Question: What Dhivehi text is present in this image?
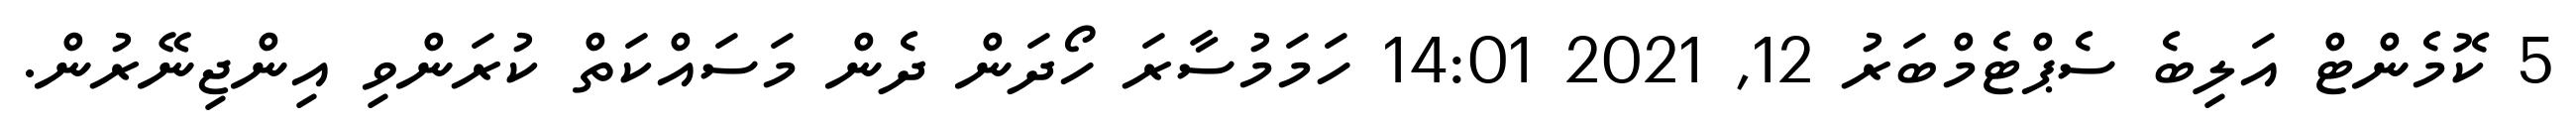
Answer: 5 ކޮމެންޓް އަލިބެ ސެޕްޓެމްބަރު 12, 2021 14:01 ހަމަމުސާރަ ހޯދަން ދެން މަސައްކަތް ކުރަންވި އިންޖިނޭރުން.